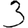
Digit: 3